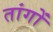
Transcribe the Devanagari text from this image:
तांगों